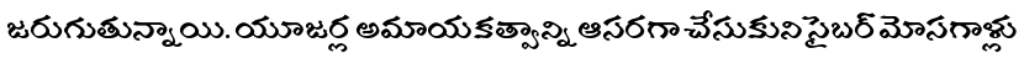
జరుగుతున్నాయి. యూజర్ల అమాయకత్వాన్ని ఆసరగా చేసుకుని సైబర్ మోసగాళ్లు